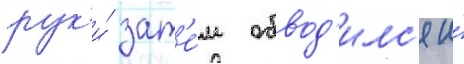
рук'и́ зат'е́м обвод'илс'я и́